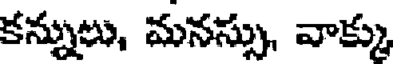
కన్నులు, మనస్సు, వాక్కు